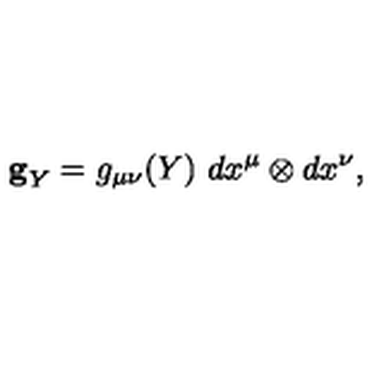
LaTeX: { } { \bf g } _ { Y } = g _ { \mu \nu } ( Y ) \ d x ^ { \mu } \otimes d x ^ { \nu } ,